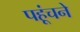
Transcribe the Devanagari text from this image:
पहूंचने